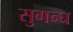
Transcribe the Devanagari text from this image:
सुगन्घ